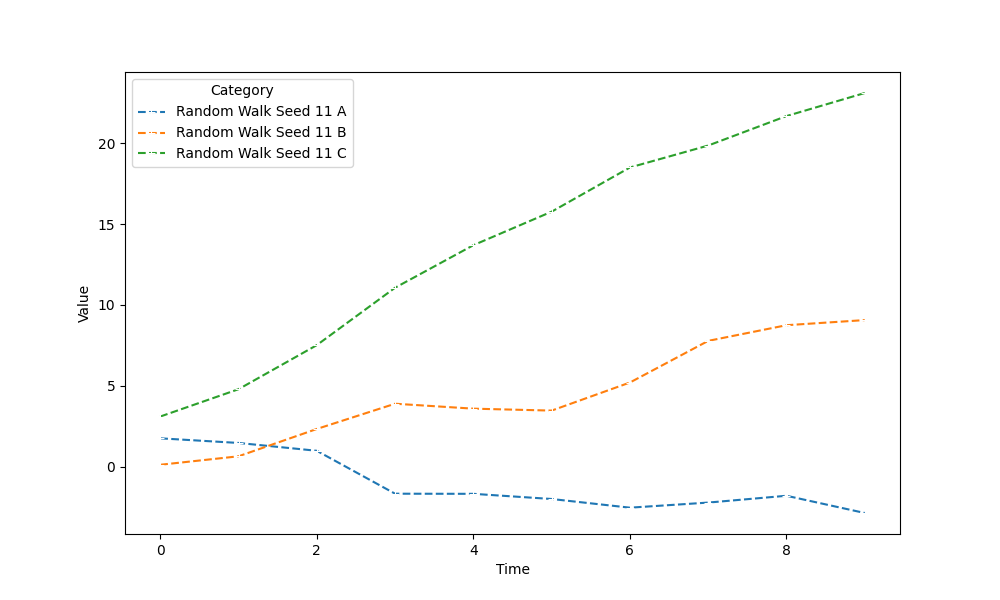
python, seaborn, lineplot, style='dashed', marker='+'